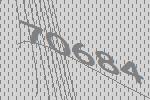
70684